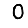
Digit: 0